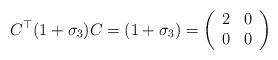
LaTeX: \begin{align*}C^\top (1+\sigma_3) C = (1+\sigma_3) = \left(\begin{array}{cc} 2 & 0 \\ 0 & 0 \end{array}\right)\end{align*}